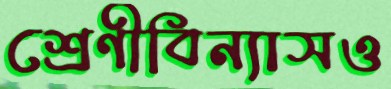
শ্রেণীবিন্যাসও